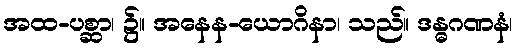
အထ-ပစ္ဆာ၊ ၌။ အနေန-ယောဂိနာ၊ သည်။ ဒန္ဓဂဏနံ၊